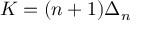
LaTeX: K = ( n + 1 ) \Delta _ { n }